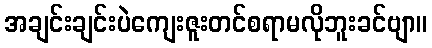
အချင်းချင်းပဲကျေးဇူးတင်စရာမလိုဘူးခင်ဗျာ။